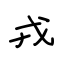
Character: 戎